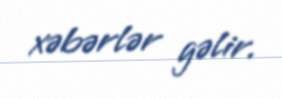
xəbərlər gəlir.